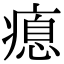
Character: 瘜